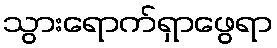
သွားရောက်ရှာဖွေရာ